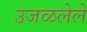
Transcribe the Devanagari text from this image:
उजळलेले